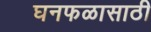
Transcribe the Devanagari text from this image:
घनफळासाठी